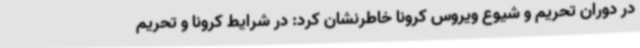
در دوران تحریم و شیوع ویروس کرونا خاطرنشان کرد: در شرایط کرونا و تحریم